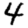
Digit: 4